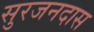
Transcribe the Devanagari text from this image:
सुरजनदास